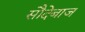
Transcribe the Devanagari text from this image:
सौदेबाज